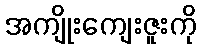
အကျိုးကျေးဇူးကို